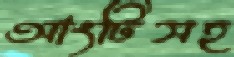
আংটিসহ